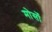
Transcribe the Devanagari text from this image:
मोर्सो